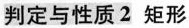
判定与性质2 矩形